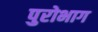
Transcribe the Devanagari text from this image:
पुरोभाग